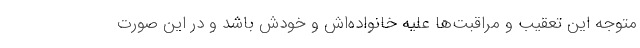
متوجه این تعقیب و مراقبت‌ها علیه خانواده‌اش و خودش باشد و در این صورت